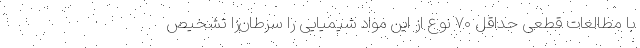
با مطالعات قطعی حداقل ۷۰ نوع از این مواد شیمیایی را سرطان‌زا تشخیص